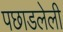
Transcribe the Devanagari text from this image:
पछाडलेली